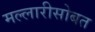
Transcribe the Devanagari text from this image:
मल्लारीसोबत